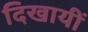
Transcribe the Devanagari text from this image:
दिखायीं